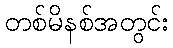
တစ်မိနစ်အတွင်း